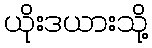
ယိုးဒယားသို့